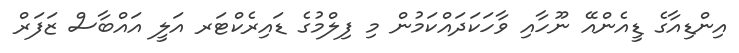
އިންޑިއާގެ ޑީއެންއޭ ނޫހާއި ވާހަކަދައްކަމުން މި ފިލްމުގެ ޑައިރެކްޓަރ އަލީ އައްބާސް ޒަފަރް